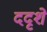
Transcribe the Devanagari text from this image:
ददृशे